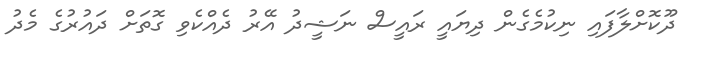
ދޫކޮށްލާފައި ނިކުމެގެން ދިޔައީ ރައީސް ނަޝީދު އޭރު ދެއްކެވި ގޮތަށް ދައުރުގެ މެދު